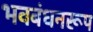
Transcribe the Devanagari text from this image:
भवबंधनरूप